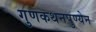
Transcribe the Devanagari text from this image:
गुणकथनपुण्येन